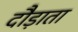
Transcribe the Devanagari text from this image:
दौड़ाता